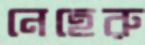
নেহেরু